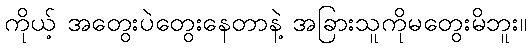
ကိုယ့် အတွေးပဲတွေးနေတာနဲ့ အခြားသူကိုမတွေးမိဘူး။